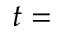
t =